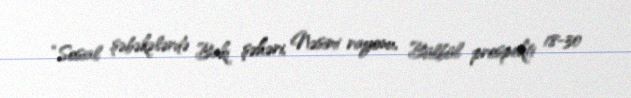
“Sosial şəbəkələrdə Bakı şəhəri, Nəsimi rayonu, Bülbül prospekti 18-30